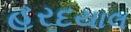
હરદયાલ